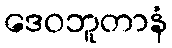
ဒေဝဘူတာနံ